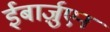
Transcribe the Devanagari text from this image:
ईबार्ज़ुएन